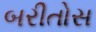
બરીતોસ